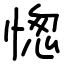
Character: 愡